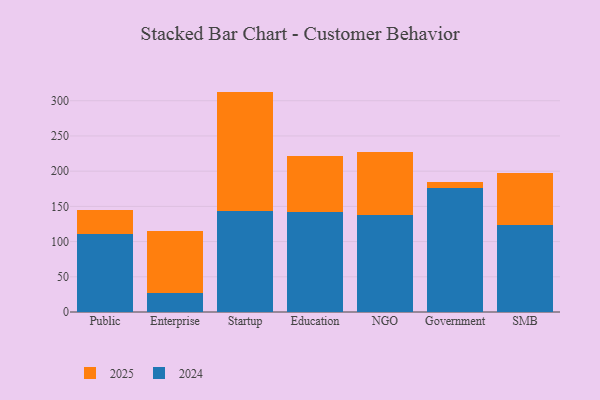
{"axis": {"x": "Segment", "y": "Population (Million)"}, "legend": ["2024", "2025"], "data": [{"x": "Public", "y": 34.0, "type": "2025"}, {"x": "Public", "y": 110.4, "type": "2024"}, {"x": "Enterprise", "y": 88.8, "type": "2025"}, {"x": "Enterprise", "y": 26.8, "type": "2024"}, {"x": "Startup", "y": 170.1, "type": "2025"}, {"x": "Startup", "y": 142.9, "type": "2024"}, {"x": "Education", "y": 80.7, "type": "2025"}, {"x": "Education", "y": 141.5, "type": "2024"}, {"x": "NGO", "y": 89.2, "type": "2025"}, {"x": "NGO", "y": 137.6, "type": "2024"}, {"x": "Government", "y": 8.2, "type": "2025"}, {"x": "Government", "y": 176.5, "type": "2024"}, {"x": "SMB", "y": 73.5, "type": "2025"}, {"x": "SMB", "y": 123.7, "type": "2024"}]}